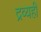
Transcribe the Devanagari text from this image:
द्रव्यही